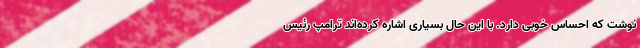
نوشت که احساس خوبی دارد. با این حال بسیاری اشاره کرده‌اند ترامپ رئیس